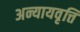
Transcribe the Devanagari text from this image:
अन्यायवृत्ति